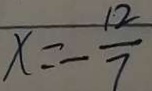
x = - \frac { 1 2 } { 7 }